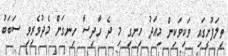
ތިލަފުށީގައި ވަކިވަކިން މިއަދު ހިނގި މި ދެ ހާދިސާ ހިނގަން މެދުވެރިވި ސަބަބު